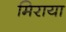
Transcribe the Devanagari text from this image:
मिराया